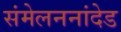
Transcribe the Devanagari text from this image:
संमेलननांदेड